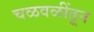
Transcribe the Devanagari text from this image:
चळवळींतून